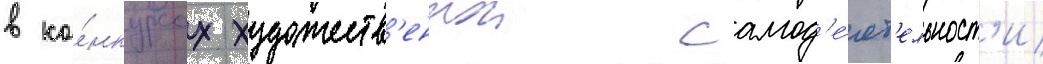
в ко́нкурсах художеств'еннои самод'е́ят'ельност'и